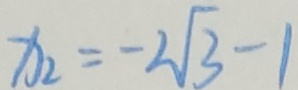
x _ { 2 } = - 2 \sqrt { 3 } - 1